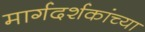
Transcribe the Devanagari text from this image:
मार्गदर्शकांच्या